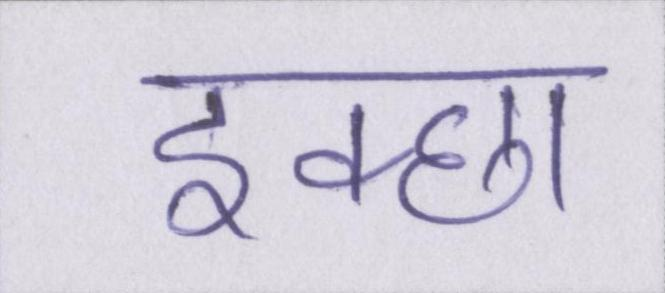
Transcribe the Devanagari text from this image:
इक्छा